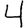
Digit: 4